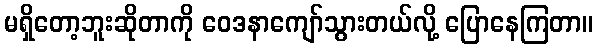
မရှိတော့ဘူးဆိုတာကို ဝေဒနာကျော်သွားတယ်လို့ ပြောနေကြတာ။